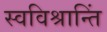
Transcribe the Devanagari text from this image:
स्वविश्रान्तिं